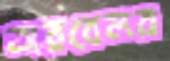
অরবেলর